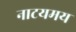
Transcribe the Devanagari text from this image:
नाटयमय